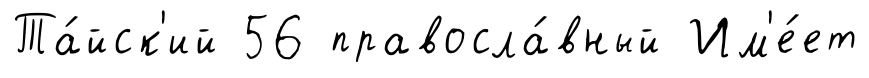
Та́йск'ий 56 правосла́вный Им'е́ет